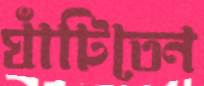
ঘাঁটিতেন